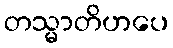
တသ္မာတိဟပေ